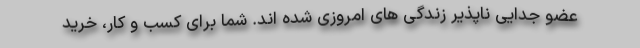
عضو جدایی ناپذیر زندگی های امروزی شده اند. شما برای کسب و کار، خرید